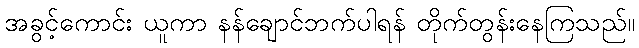
အခွင့်ကောင်း ယူကာ နန်ချောင်ဘက်ပါရန် တိုက်တွန်းနေကြသည်။